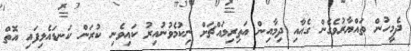
ދެމީހުން ތައްޔާރުވެގެން ގެއާއި ދިމާއިން އަތިރިމައްޗަށް ނިކުމެވުނުއިރު ކައިވެނި ކުރަން ކަނޑައެޅިފައި އޮތް